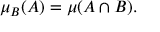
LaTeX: \mu _ { B } ( A ) = \mu ( A \cap B ) .